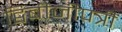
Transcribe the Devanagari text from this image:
द्विबीजीपत्री